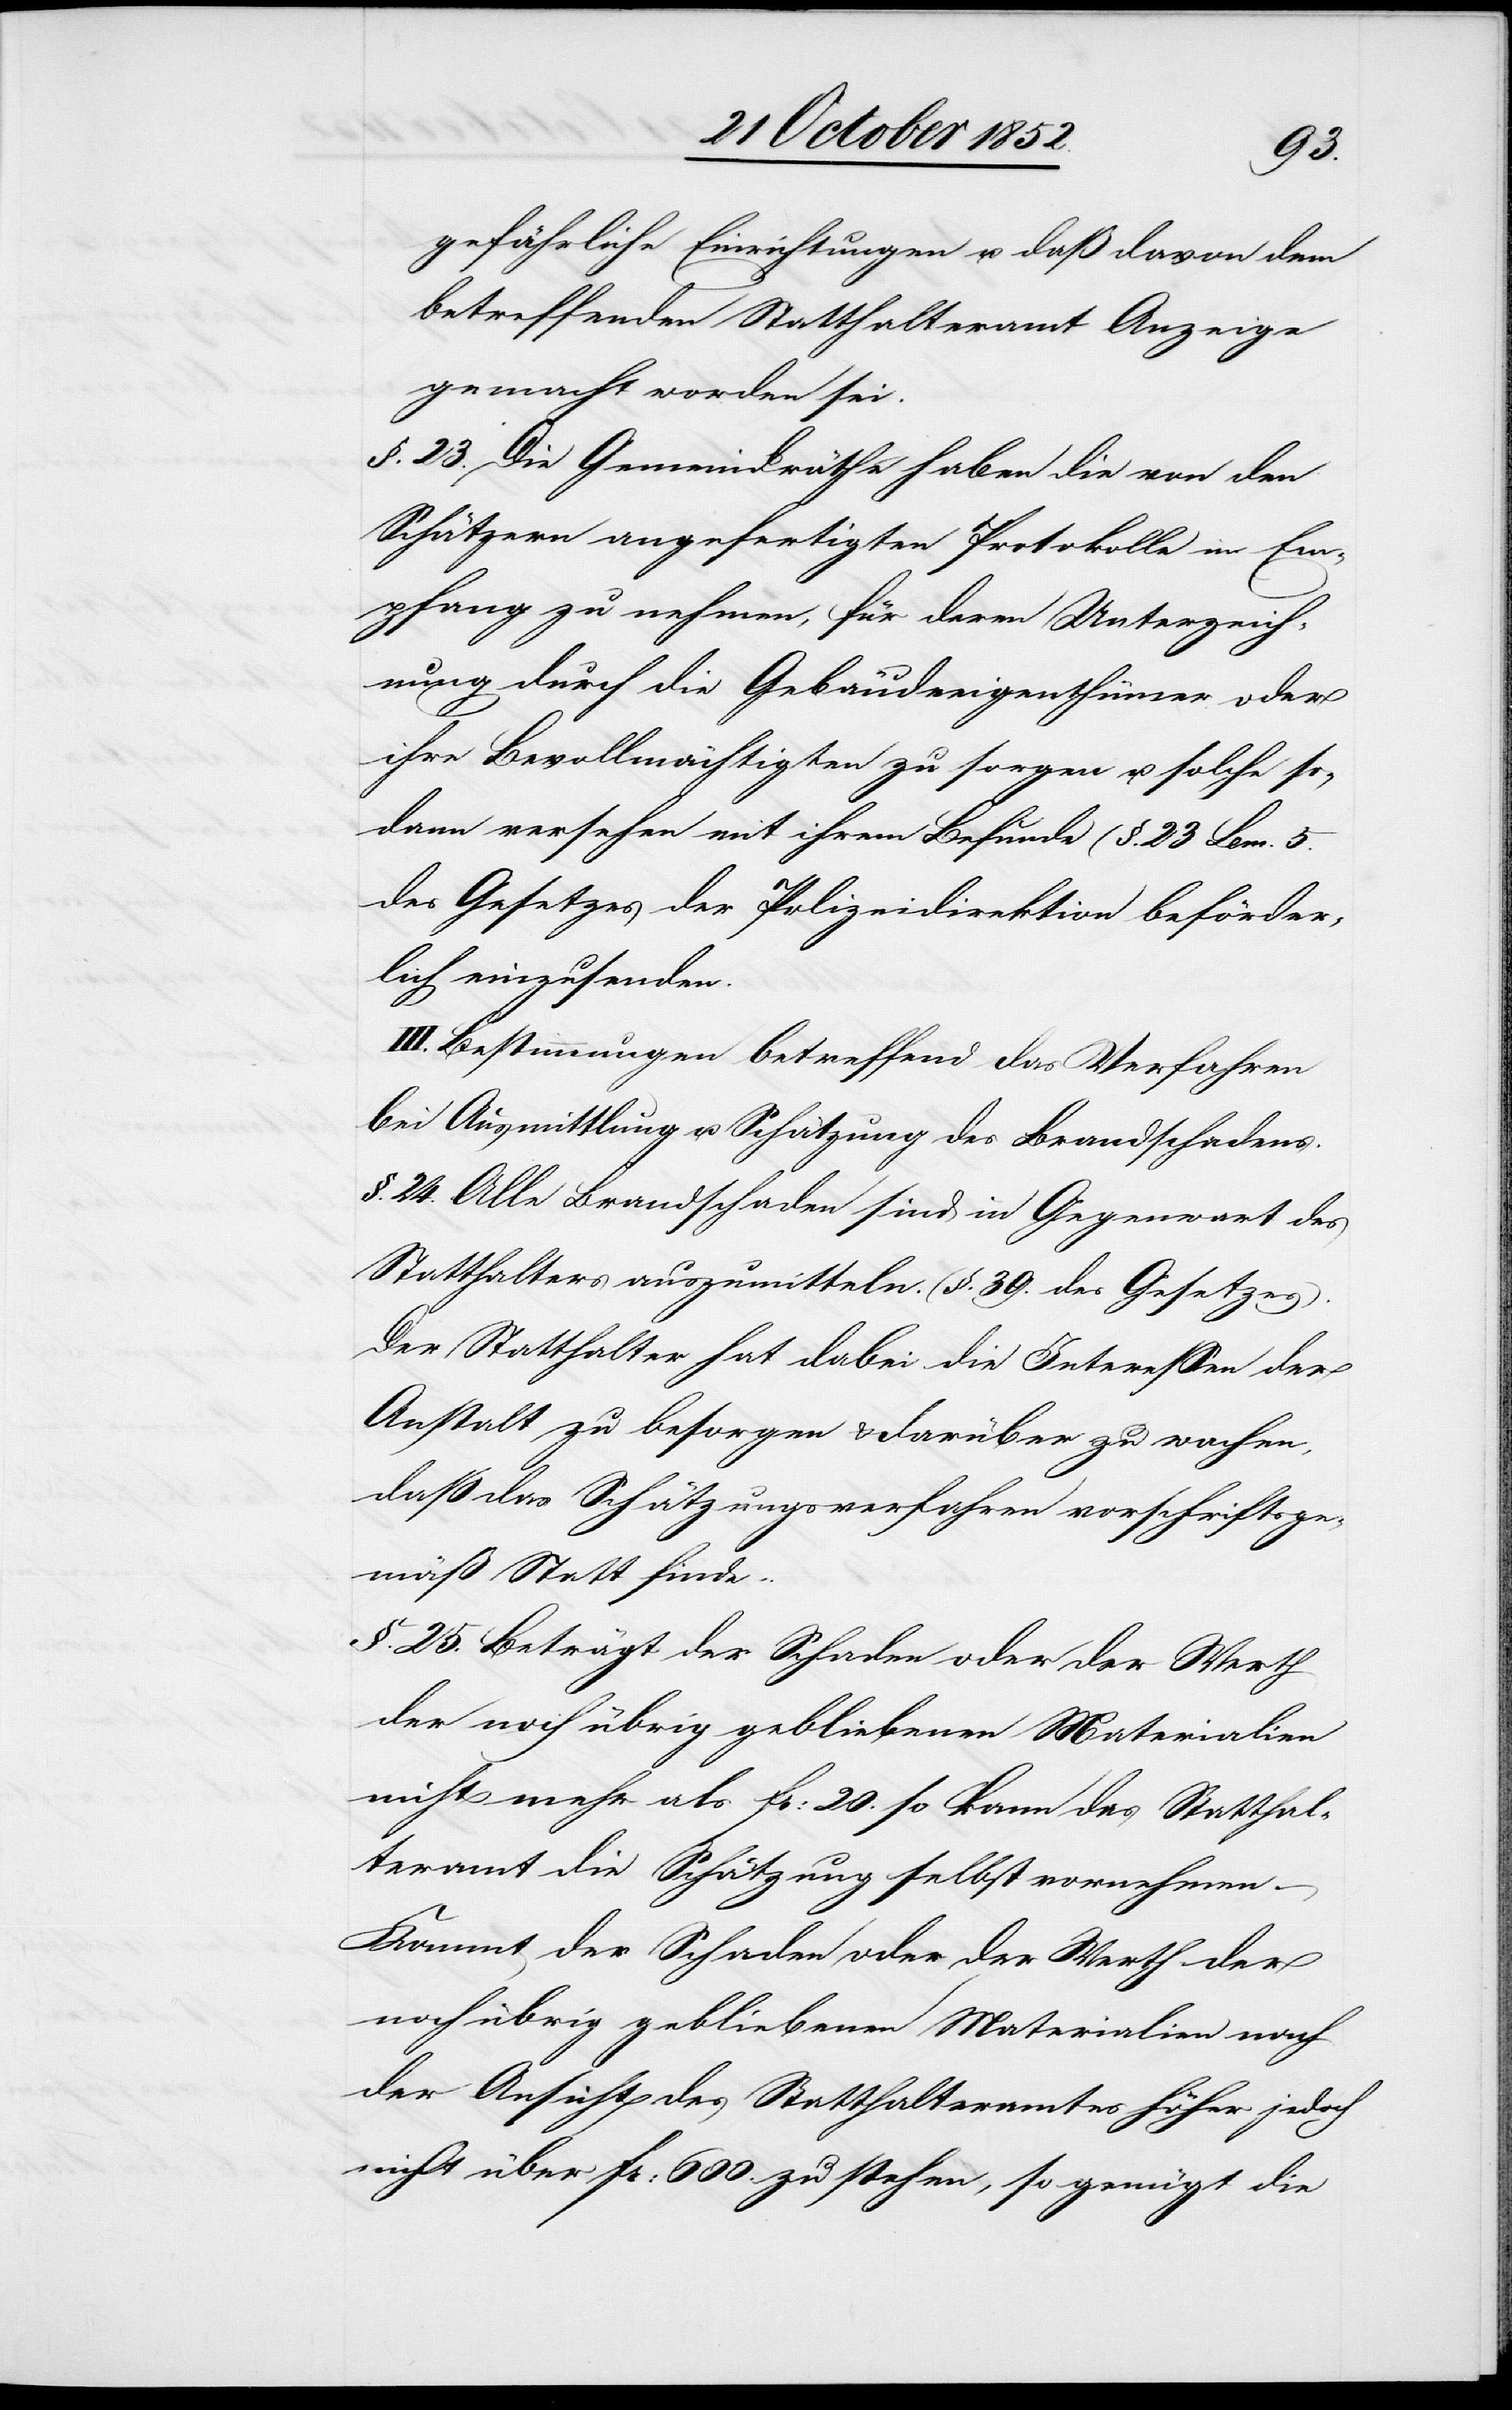
gefährliche Einrichtungen u. daß davon dem
betreffenden Statthalteramt Anzeige
gemacht worden sei.
§. 23. Die Gemeindräthe haben die von den
Schätzern angefertigten Protokolle in Em¬
pfang zu nehmen, für deren Unterzeich¬
nung durch die Gebäudeeigenthümer oder
ihre Bevollmächtigten zu sorgen u. solche so¬
dann versehen mit ihrem Befunde (§. 23 Lem. 5.
des Gesetzes[)] der Polizeidirektion beförder¬
lich einzusenden.
III. Bestimmungen betreffend das Verfahren
bei Ausmittlung u. Schätzung des Brandschadens.
§. 24. Alle Brandschaden sind in Gegenwart des
Statthalters auszumitteln. (§. 39. des Gesetzes).
Der Statthalter hat dabei die Interessen der
Anstalt zu besorgen & darüber zu wachen,
daß das Schätzungsverfahren vorschriftsge¬
mäß Statt finde.
§. 25. Beträgt der Schaden oder der Werth
der noch übrig gebliebenen Materialien
nicht mehr als Fr: 20. so kann das Statthal¬
teramt die Schätzung selbst vornehmen.
Kommt der Schaden oder der Werth der
noch übrig gebliebenen Materialien nach
der Ansicht des Statthalteramtes höher jedoch
nicht über Fr: 600. zu stehen, so genügt die